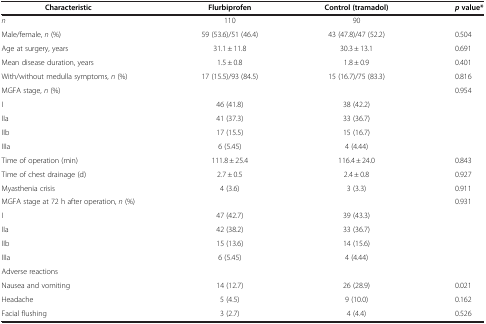
<table><thead><tr><td><b>Characteristic</b></td><td><b>Flurbiprofen</b></td><td><b>Control (tramadol)</b></td><td><b><i>p</i>value*</b></td></tr></thead><tbody><tr><td><i>n</i></td><td>110</td><td>90</td><td> </td></tr><tr><td>Male/female, <i>n</i> (%)</td><td>59 (53.6)/51 (46.4)</td><td>43 (47.8)/47 (52.2)</td><td>0.504</td></tr><tr><td>Age at surgery, years</td><td>31.1 ± 11.8</td><td>30.3 ± 13.1</td><td>0.691</td></tr><tr><td>Mean disease duration, years</td><td>1.5 ± 0.8</td><td>1.8 ± 0.9</td><td>0.401</td></tr><tr><td>With/without medulla symptoms, <i>n</i> (%)</td><td>17 (15.5)/93 (84.5)</td><td>15 (16.7)/75 (83.3)</td><td>0.816</td></tr><tr><td>MGFA stage, <i>n</i> (%)</td><td> </td><td> </td><td>0.954</td></tr><tr><td>I</td><td>46 (41.8)</td><td>38 (42.2)</td><td> </td></tr><tr><td>IIa</td><td>41 (37.3)</td><td>33 (36.7)</td><td> </td></tr><tr><td>IIb</td><td>17 (15.5)</td><td>15 (16.7)</td><td> </td></tr><tr><td>IIIa</td><td>6 (5.45)</td><td>4 (4.44)</td><td> </td></tr><tr><td>Time of operation (min)</td><td>111.8 ± 25.4</td><td>116.4 ± 24.0</td><td>0.843</td></tr><tr><td>Time of chest drainage (d)</td><td>2.7 ± 0.5</td><td>2.4 ± 0.8</td><td>0.927</td></tr><tr><td>Myasthenia crisis</td><td>4 (3.6)</td><td>3 (3.3)</td><td>0.911</td></tr><tr><td>MGFA stage at 72 h after operation, <i>n</i> (%)</td><td> </td><td> </td><td>0.931</td></tr><tr><td>I</td><td>47 (42.7)</td><td>39 (43.3)</td><td> </td></tr><tr><td>IIa</td><td>42 (38.2)</td><td>33 (36.7)</td><td> </td></tr><tr><td>IIb</td><td>15 (13.6)</td><td>14 (15.6)</td><td> </td></tr><tr><td>IIIa</td><td>6 (5.45)</td><td>4 (4.44)</td><td> </td></tr><tr><td>Adverse reactions</td><td> </td><td> </td><td> </td></tr><tr><td>Nausea and vomiting</td><td>14 (12.7)</td><td>26 (28.9)</td><td>0.021</td></tr><tr><td>Headache</td><td>5 (4.5)</td><td>9 (10.0)</td><td>0.162</td></tr><tr><td>Facial flushing</td><td>3 (2.7)</td><td>4 (4.4)</td><td>0.526</td></tr></tbody></table>